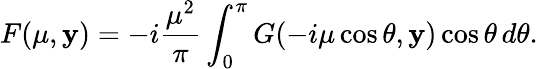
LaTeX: F(\mu,\mathbf{y})=-i\frac{{{\mu}^{2}}}{{\pi}}\int_{0}^{\pi}G(-i\mu\cos\theta,\mathbf{y})\cos\theta\, d\theta.